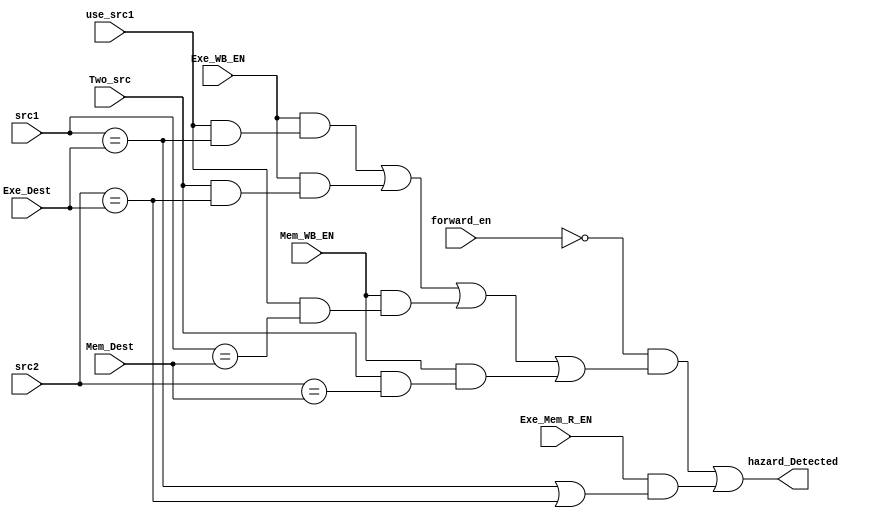
module HazardDetector (input forward_en,
                         input [3:0] src1,
                         input [3:0] src2,
                         input [3:0] Exe_Dest,
                         input Exe_WB_EN,
                         input [3:0] Mem_Dest,
                         input Mem_WB_EN,
                         input Two_src,
                         input use_src1,
                         input Exe_Mem_R_EN,
                         output hazard_Detected
                        );

  assign hazard_Detected = !forward_en && ((Exe_WB_EN && (use_src1 && src1 == Exe_Dest)) ||
         (Exe_WB_EN && (Two_src  && src2 == Exe_Dest)) ||
         (Mem_WB_EN && (use_src1 && src1 == Mem_Dest)) ||
         (Mem_WB_EN && (Two_src  && src2 == Mem_Dest))) || Exe_Mem_R_EN && (src1 == Exe_Dest || src2 == Exe_Dest);

endmodule